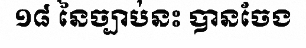
១៨ នៃច្បាប់នះ បានចែង